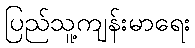
ပြည်သူ့ကျန်းမာရေး